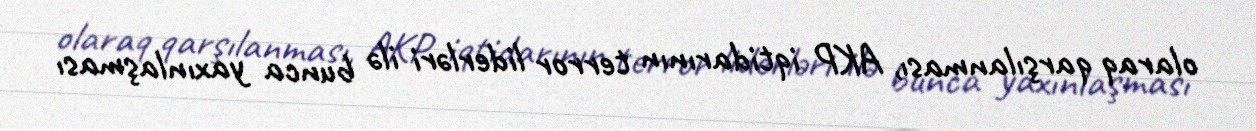
olaraq qarşılanması, AKP iqtidarının terror liderləri ilə bunca yaxınlaşması